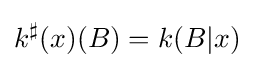
k^{\sharp }(x)(B)=k(B|x)